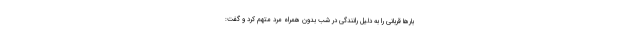
بارها قربانی را به دلیل رانندگی در شب بدون همراه مرد متهم کرد و گفت: